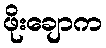
ဖိုးချောက